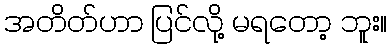
အတိတ်ဟာ ပြင်လို့ မရတော့ ဘူး။